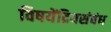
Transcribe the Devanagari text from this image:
विषयेंद्रियसंबंध